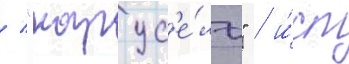
/ "карус'е́ль" / и́сп